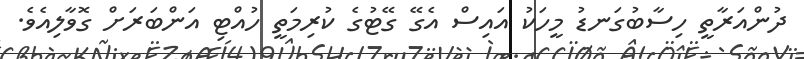
ދުންއަރާތީ ހިސާބުގަނޑު މީހަކު އައިސް އެގޭ ގޭޓުގެ ކުރިމަތީ ހުއްޓި އަންބަރަށް ގޮވާލިއެވެ.